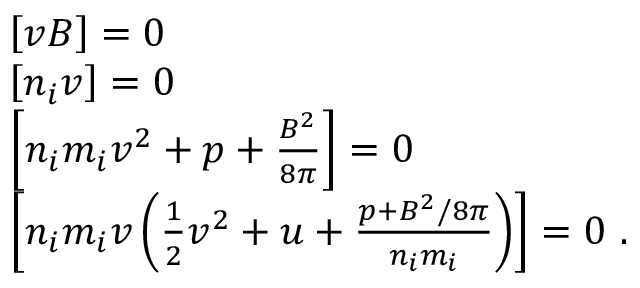
\begin{array} { r l } & { \left[ v B \right] = 0 } \\ & { \left[ n _ { i } v \right] = 0 } \\ & { \left[ n _ { i } m _ { i } v ^ { 2 } + p + \frac { B ^ { 2 } } { 8 \pi } \right] = 0 } \\ & { \left[ n _ { i } m _ { i } v \left( \frac { 1 } { 2 } v ^ { 2 } + u + \frac { p + B ^ { 2 } / 8 \pi } { n _ { i } m _ { i } } \right) \right] = 0 \ . } \end{array}